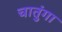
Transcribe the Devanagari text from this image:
चातुंगा